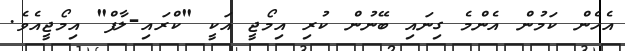
އެހެން ކަމުން އެންމެ ގިނައި ބޭނުން ކުރި އިމޯޖީ އަކީ "ކްރައި-ލާފް" އިމޯޖީއެވެ.